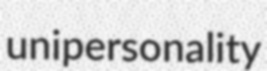
unipersonality